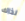
لذاك